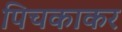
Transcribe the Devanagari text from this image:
पिचकाकर